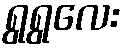
ရွရွလေး